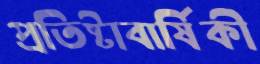
প্রতিষ্টাবার্ষিকী